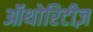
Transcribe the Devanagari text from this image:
ऑथोरिटीज़